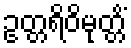
ဥတ္တရိဝိမုတ္တိံ